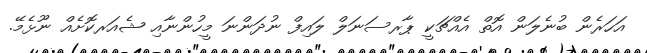
އަހަރެން ބުނެލަން އޮތް އެއްޗަކީ ޕާރސަނަލް ލައިފް ނުދަންނަ މީހުންނާއި ޝެއަރކޮށެއް ނޫޅެމޭ.